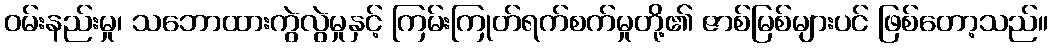
ဝမ်းနည်းမှု၊ သဘောထားကွဲလွဲမှုနှင့် ကြမ်းကြုတ်ရက်စက်မှုတို့၏ ဇာစ်မြစ်များပင် ဖြစ်တော့သည်။